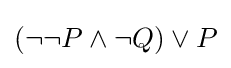
(\neg \neg P\land \neg Q)\lor P